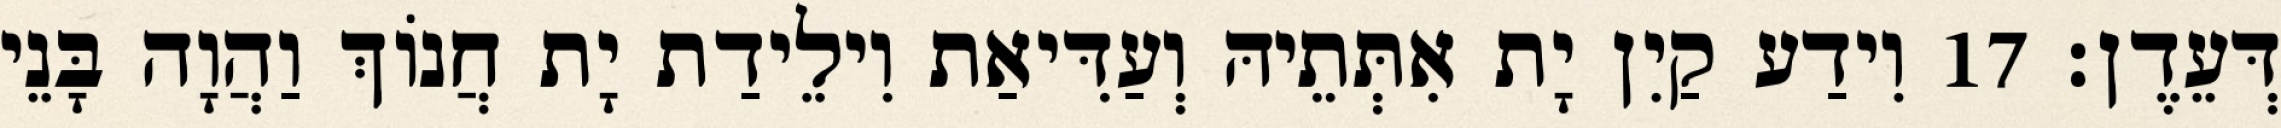
דְּעֵדֶן׃ 17 וִידַע קַיִן יָת אִתְּתֵיהּ וְעַדִּיאַת וִילֵידַת יָת חֲנוֹךְ וַהֲוָה בָּנֵי